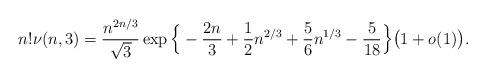
LaTeX: \begin{align*} n!\nu(n,3)=\frac{n^{2n/3}}{\sqrt3} \exp\Big\{-\frac{2n}{3} +\frac{1}{2} n^{2/3} +\frac{5}{6} n^{1/3}-\frac{5}{18}\Big\} \big(1+o(1)\big). \end{align*}